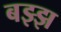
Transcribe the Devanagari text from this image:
बझ्झ